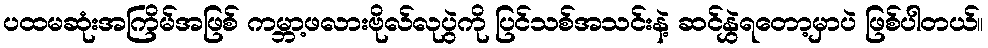
ပထမဆုံးအကြိမ်အဖြစ် ကမ္ဘာ့ဖလားဗိုလ်လုပွဲကို ပြင်သစ်အသင်းနဲ့ ဆင်နွှဲရတော့မှာပဲ ဖြစ်ပါတယ်။